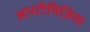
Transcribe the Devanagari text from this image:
आरटीमिज़िया